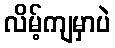
လိမ့်ကျမှာပဲ